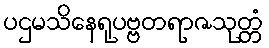
ပဌမသိနေရုပဗ္ဗတရာဇသုတ္တံ